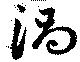
渦